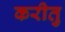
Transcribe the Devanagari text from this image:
करीतु